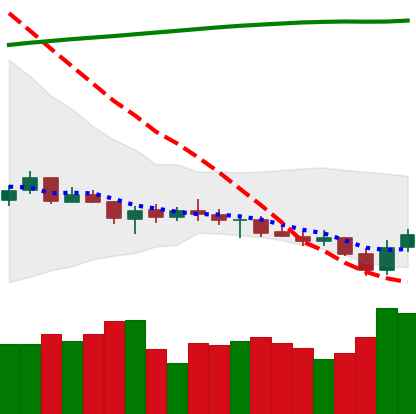
Ticker: XRP-USD
Chart end date: 2021-07-22
Forward return: 8.848%
Label: up_7plus